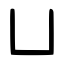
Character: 凵